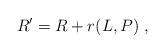
LaTeX: \begin{align*}R' = R + r(L,P) \ ,\end{align*}